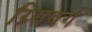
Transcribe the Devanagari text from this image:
ग्न्सिवर्ग